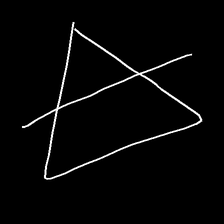
Glyph: empower